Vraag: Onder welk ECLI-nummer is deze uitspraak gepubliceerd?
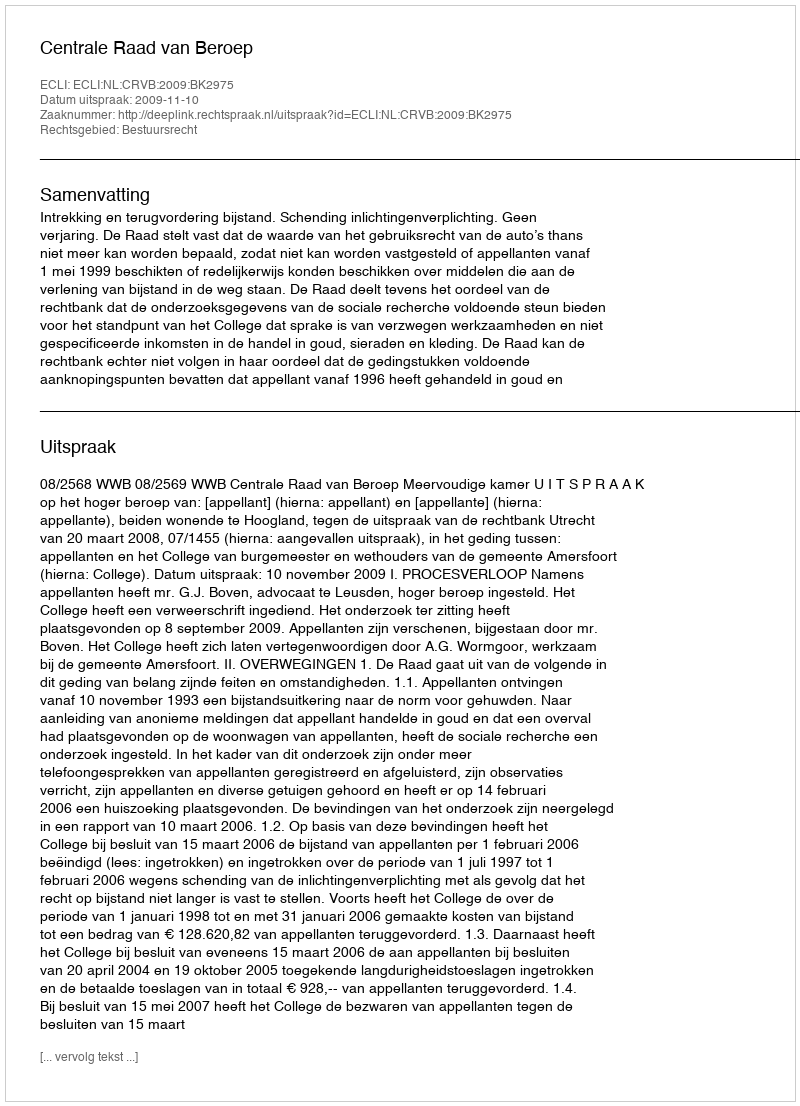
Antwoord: ECLI:NL:CRVB:2009:BK2975